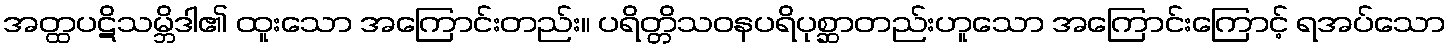
အတ္ထပဋိသမ္ဘိဒါ၏ ထူးသော အကြောင်းတည်း။ ပရိတ္တိသဝနပရိပုစ္ဆာတည်းဟူသော အကြောင်းကြောင့် ရအပ်သော